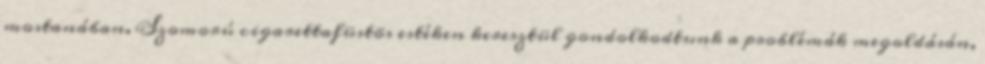
mostanában. Szomorú cigarettafüstös estéken keresztül gondolkodtunk a problémák megoldásán,